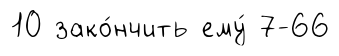
10 зако́нчить ему́ 7-66